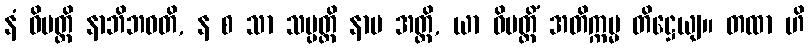
နံ ဝိပတ္တိ နာဘိဘဝတိ, န စ သာ သမ္ပတ္တိ နာမ အတ္ထိ, ယာ ဝိပတ္တိံ အတိက္ကမ္မ တိဋ္ဌေယျ။ တထာ ဟိ